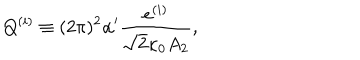
LaTeX: Q ^ { ( i ) } \equiv ( 2 \pi ) ^ { 2 } \alpha ^ { \prime } \frac { e ^ { ( i ) } } { \sqrt { 2 } \kappa _ { 0 } A _ { 2 } } ,